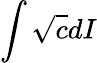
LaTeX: \int\sqrt{c}dI